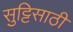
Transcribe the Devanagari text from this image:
सुट्टिसाठी